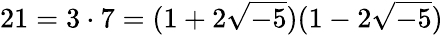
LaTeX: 21=3\cdot 7=(1+2{\sqrt{-5}})(1-2{\sqrt{-5}})